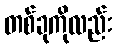
တစ်ခုကိုလည်း